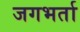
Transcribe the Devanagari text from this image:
जगभर्ता